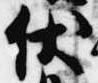
伏